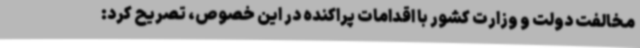
مخالفت دولت و وزارت کشور با اقدامات پراکنده در این خصوص، تصریح کرد: